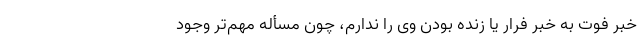
خبر فوت به خبر فرار یا زنده بودن وی را ندارم، چون مسأله مهم‌تر وجود